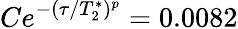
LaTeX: Ce^{-(\tau/T_{2}^{*})^{p}}=0.0082